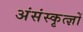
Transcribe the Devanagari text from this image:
अंसंस्कृत्ज्ञों